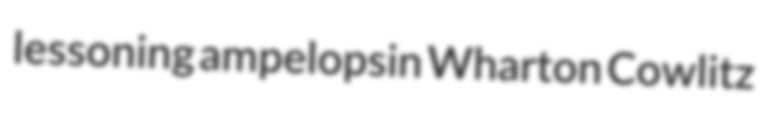
lessoning ampelopsin Wharton Cowlitz